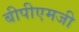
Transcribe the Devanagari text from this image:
बीपीएमजी